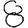
Digit: 8